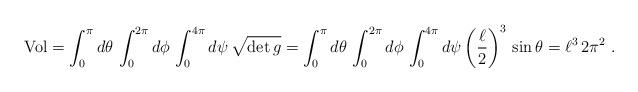
LaTeX: \begin{align*}{\rm Vol} = \int_0^\pi d\theta \, \int_0^{2\pi} d\phi \, \int_0^{4\pi} d\psi \, \sqrt{\det g} = \int_0^\pi d\theta \, \int_0^{2\pi} d\phi \, \int_0^{4\pi} d\psi \left({\ell \over 2} \right)^3 \, \sin\theta = \ell^3 \, 2\pi^2 \ .\end{align*}